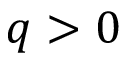
q > 0